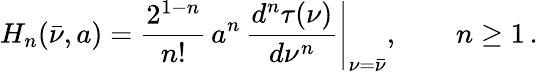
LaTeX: H_{n}(\bar{\nu},a)=\frac{2^{1-n}}{n!}\, a^{n}\, \left.\frac{d^{n}\tau(\nu)}{d\nu^{n}}\right|_{\nu=\bar{\nu}},\quad\quad n\ge 1\, .